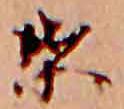
葉